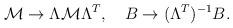
LaTeX: \begin{align*}\mathcal{M} \rightarrow \Lambda \mathcal{M} \Lambda^T, \quad B \rightarrow(\Lambda^T)^{-1} B.\end{align*}